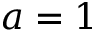
a = 1